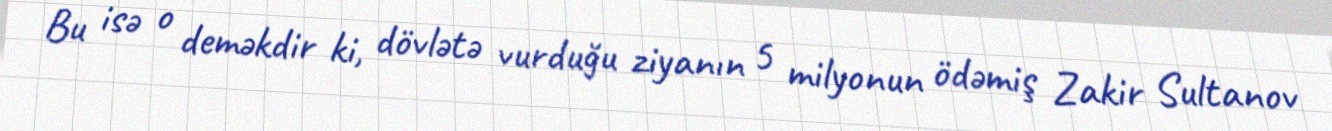
Bu isə o deməkdir ki, dövlətə vurduğu ziyanın 5 milyonun ödəmiş Zakir Sultanov